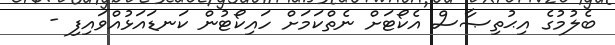
ބެލުމުގެ އިޙުތިޞާސް އެކޯޓަށް ނެތްކަމަށް ހައިކޯޓުން ކަނޑައަޅުއްވައިފި -